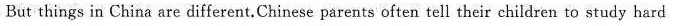
But things in China are different.Chinese parents often tell their children to study hard